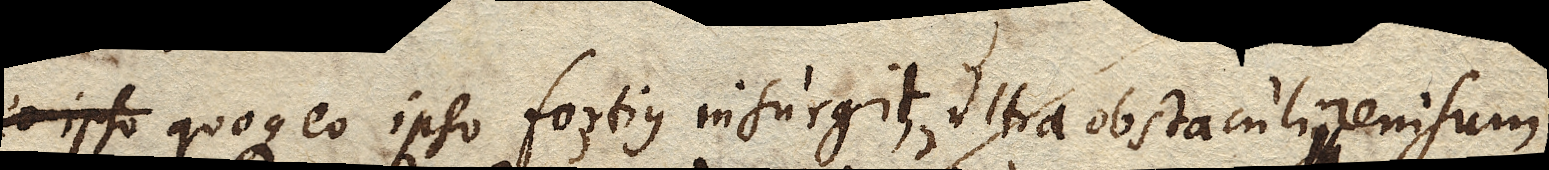
ipso quoque eo ipso fortius, ultra obstaculi renisum,